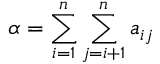
\alpha = \sum _ { i = 1 } ^ { n } \sum _ { j = i + 1 } ^ { n } a _ { i j }